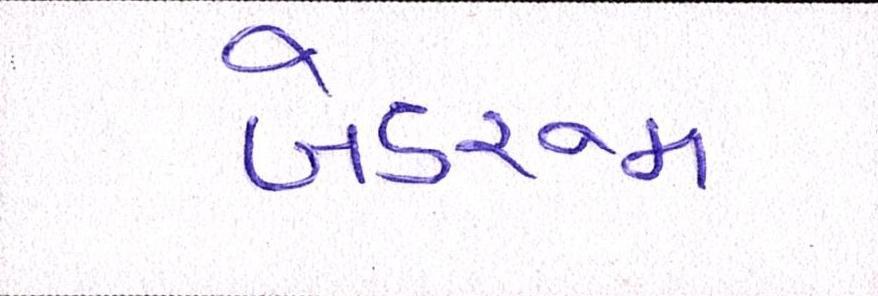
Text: બેડરૂમ